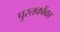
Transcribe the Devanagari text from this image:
पुस्‍तकोंका